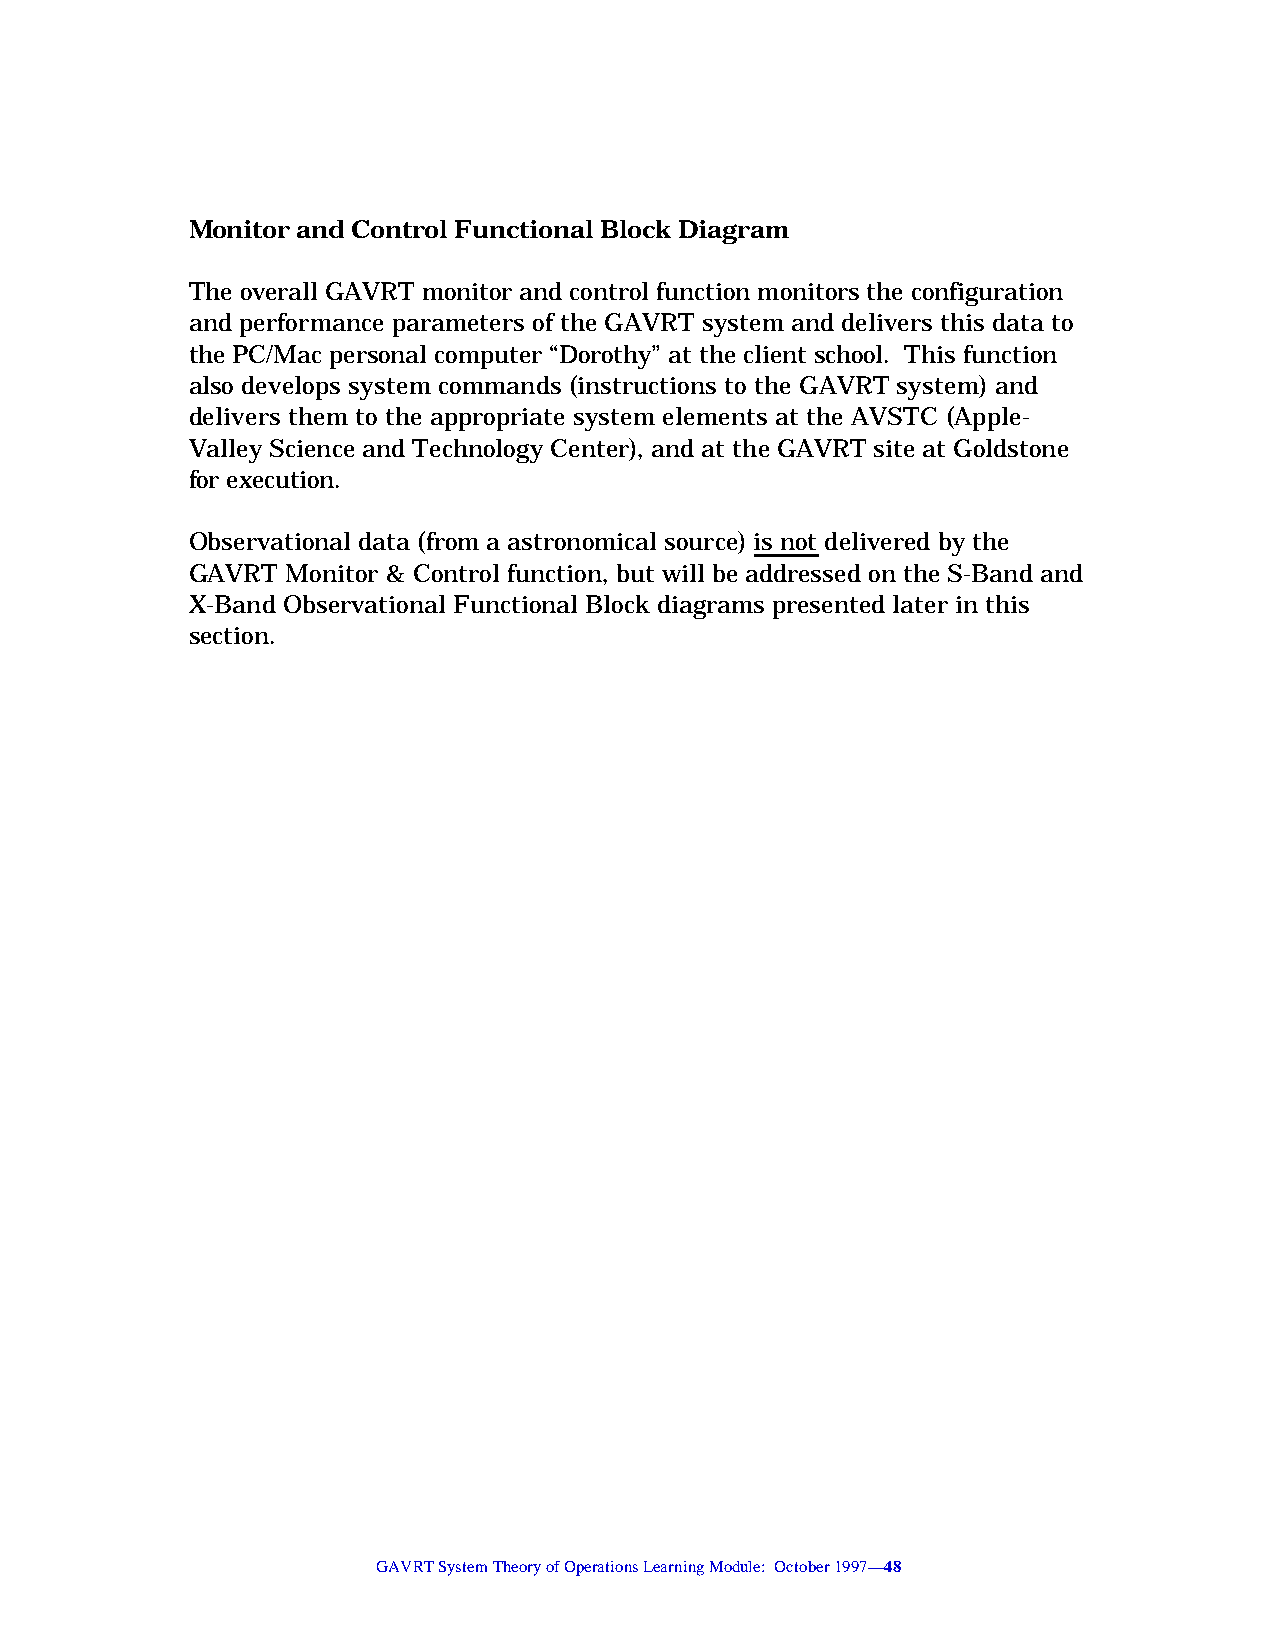
Monitor and Control Functional Block Diagram
 The overall GAVRT monitor and control function monitors the configuration
 and performance parameters of the GAVRT system and delivers this data to
 the PC/Mac personal computer “Dorothy” at the client school. This function
 also develops system commands (instructions to the GAVRT system) and
 delivers them to the appropriate system elements at the AVSTC (Apple-
 Valley Science and Technology Center), and at the GAVRT site at Goldstone
 for execution.
 Observational data (from a astronomical source) is not delivered by the
 GAVRT  Monitor & Control function, but will be addressed on the S-Band and
 X-Band Observational Functional Block diagrams presented later in this
 section.
 GAVRT System Theory of Operations Learning Module: October 1997—48